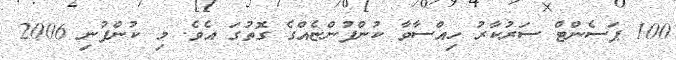
100 ޕަސެންޓް ސަރުކާރު ހިއްސާވާ ކުންފުންޏެއްގެ ގޮތުގަ އެވެ. މި ކުންފުނި 2006